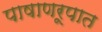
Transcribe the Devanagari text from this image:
पाषाणरूपात